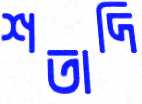
শতাদি